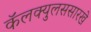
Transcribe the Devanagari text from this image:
कॅलक्युलससारखे